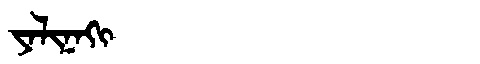
Manchu: ᠶᠠᠯᡳᠨᠠᡴᡳ
Romanization: YALINAKI